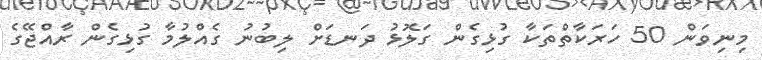
މިނިވަން 50 ހަރަކާތްތަކާ ގުޅިގެން ގަލޮޅު ދަނޑަށް ލިބުނު ގެއްލުމާ ގުޅިގެން ރާއްޖޭގެ